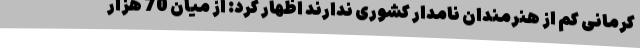
کرمانی کم از هنرمندان نامدار کشوری ندارند اظهار کرد: از میان 70 هزار